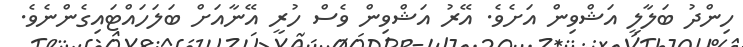
ހިންދު ބަލާލީ އަޝްވިން އަށެވެ. އޭރު އަޝްވިން ވެސް ހުރީ އޭނާއަށް ބަލަހައްޓައިގެންނެވެ.